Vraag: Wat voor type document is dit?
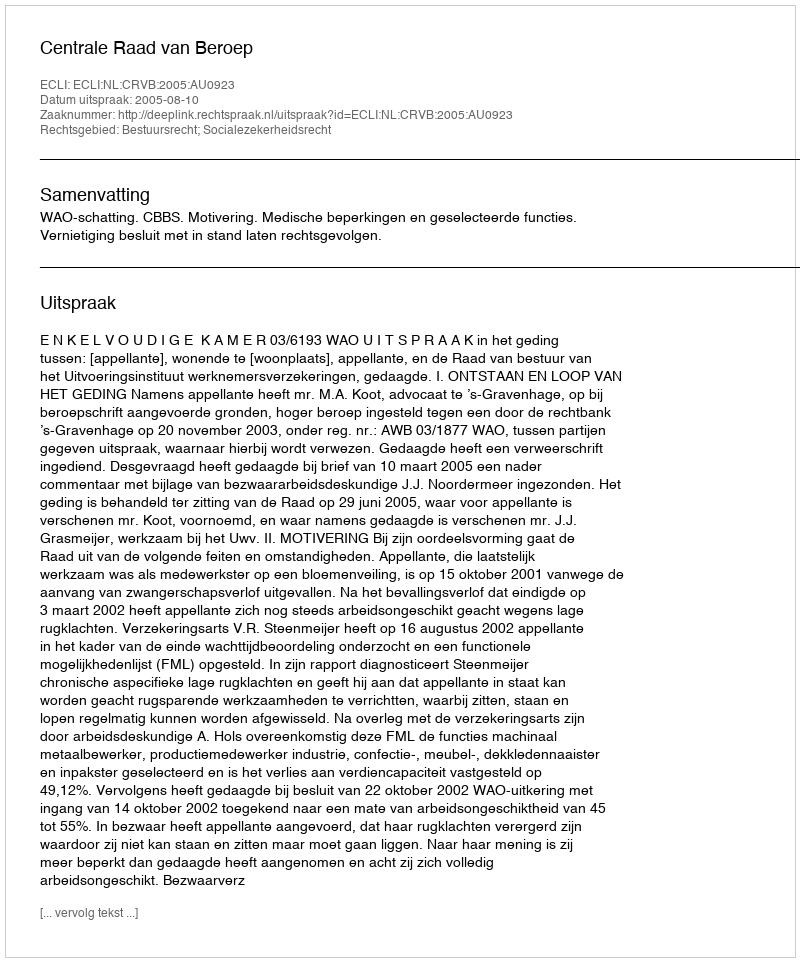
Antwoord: Uitspraak